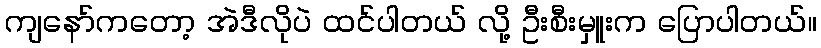
ကျနော်ကတော့ အဲဒီလိုပဲ ထင်ပါတယ် လို့ ဦးစီးမှူးက ပြောပါတယ်။